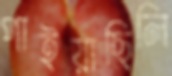
পাইয়াছিলি